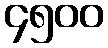
၄၅၀၀